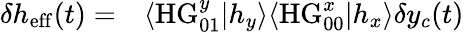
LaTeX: \begin{array}{rl}{\delta h_{\mathrm{eff}}(t)=}&{{}\langle\mathrm{HG}_{01}^{y}|h_{y}\rangle\langle\mathrm{HG}_{00}^{x}|h_{x}\rangle\delta y_{c}(t)}\end{array}